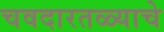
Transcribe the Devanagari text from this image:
चवदारतळ्याचे